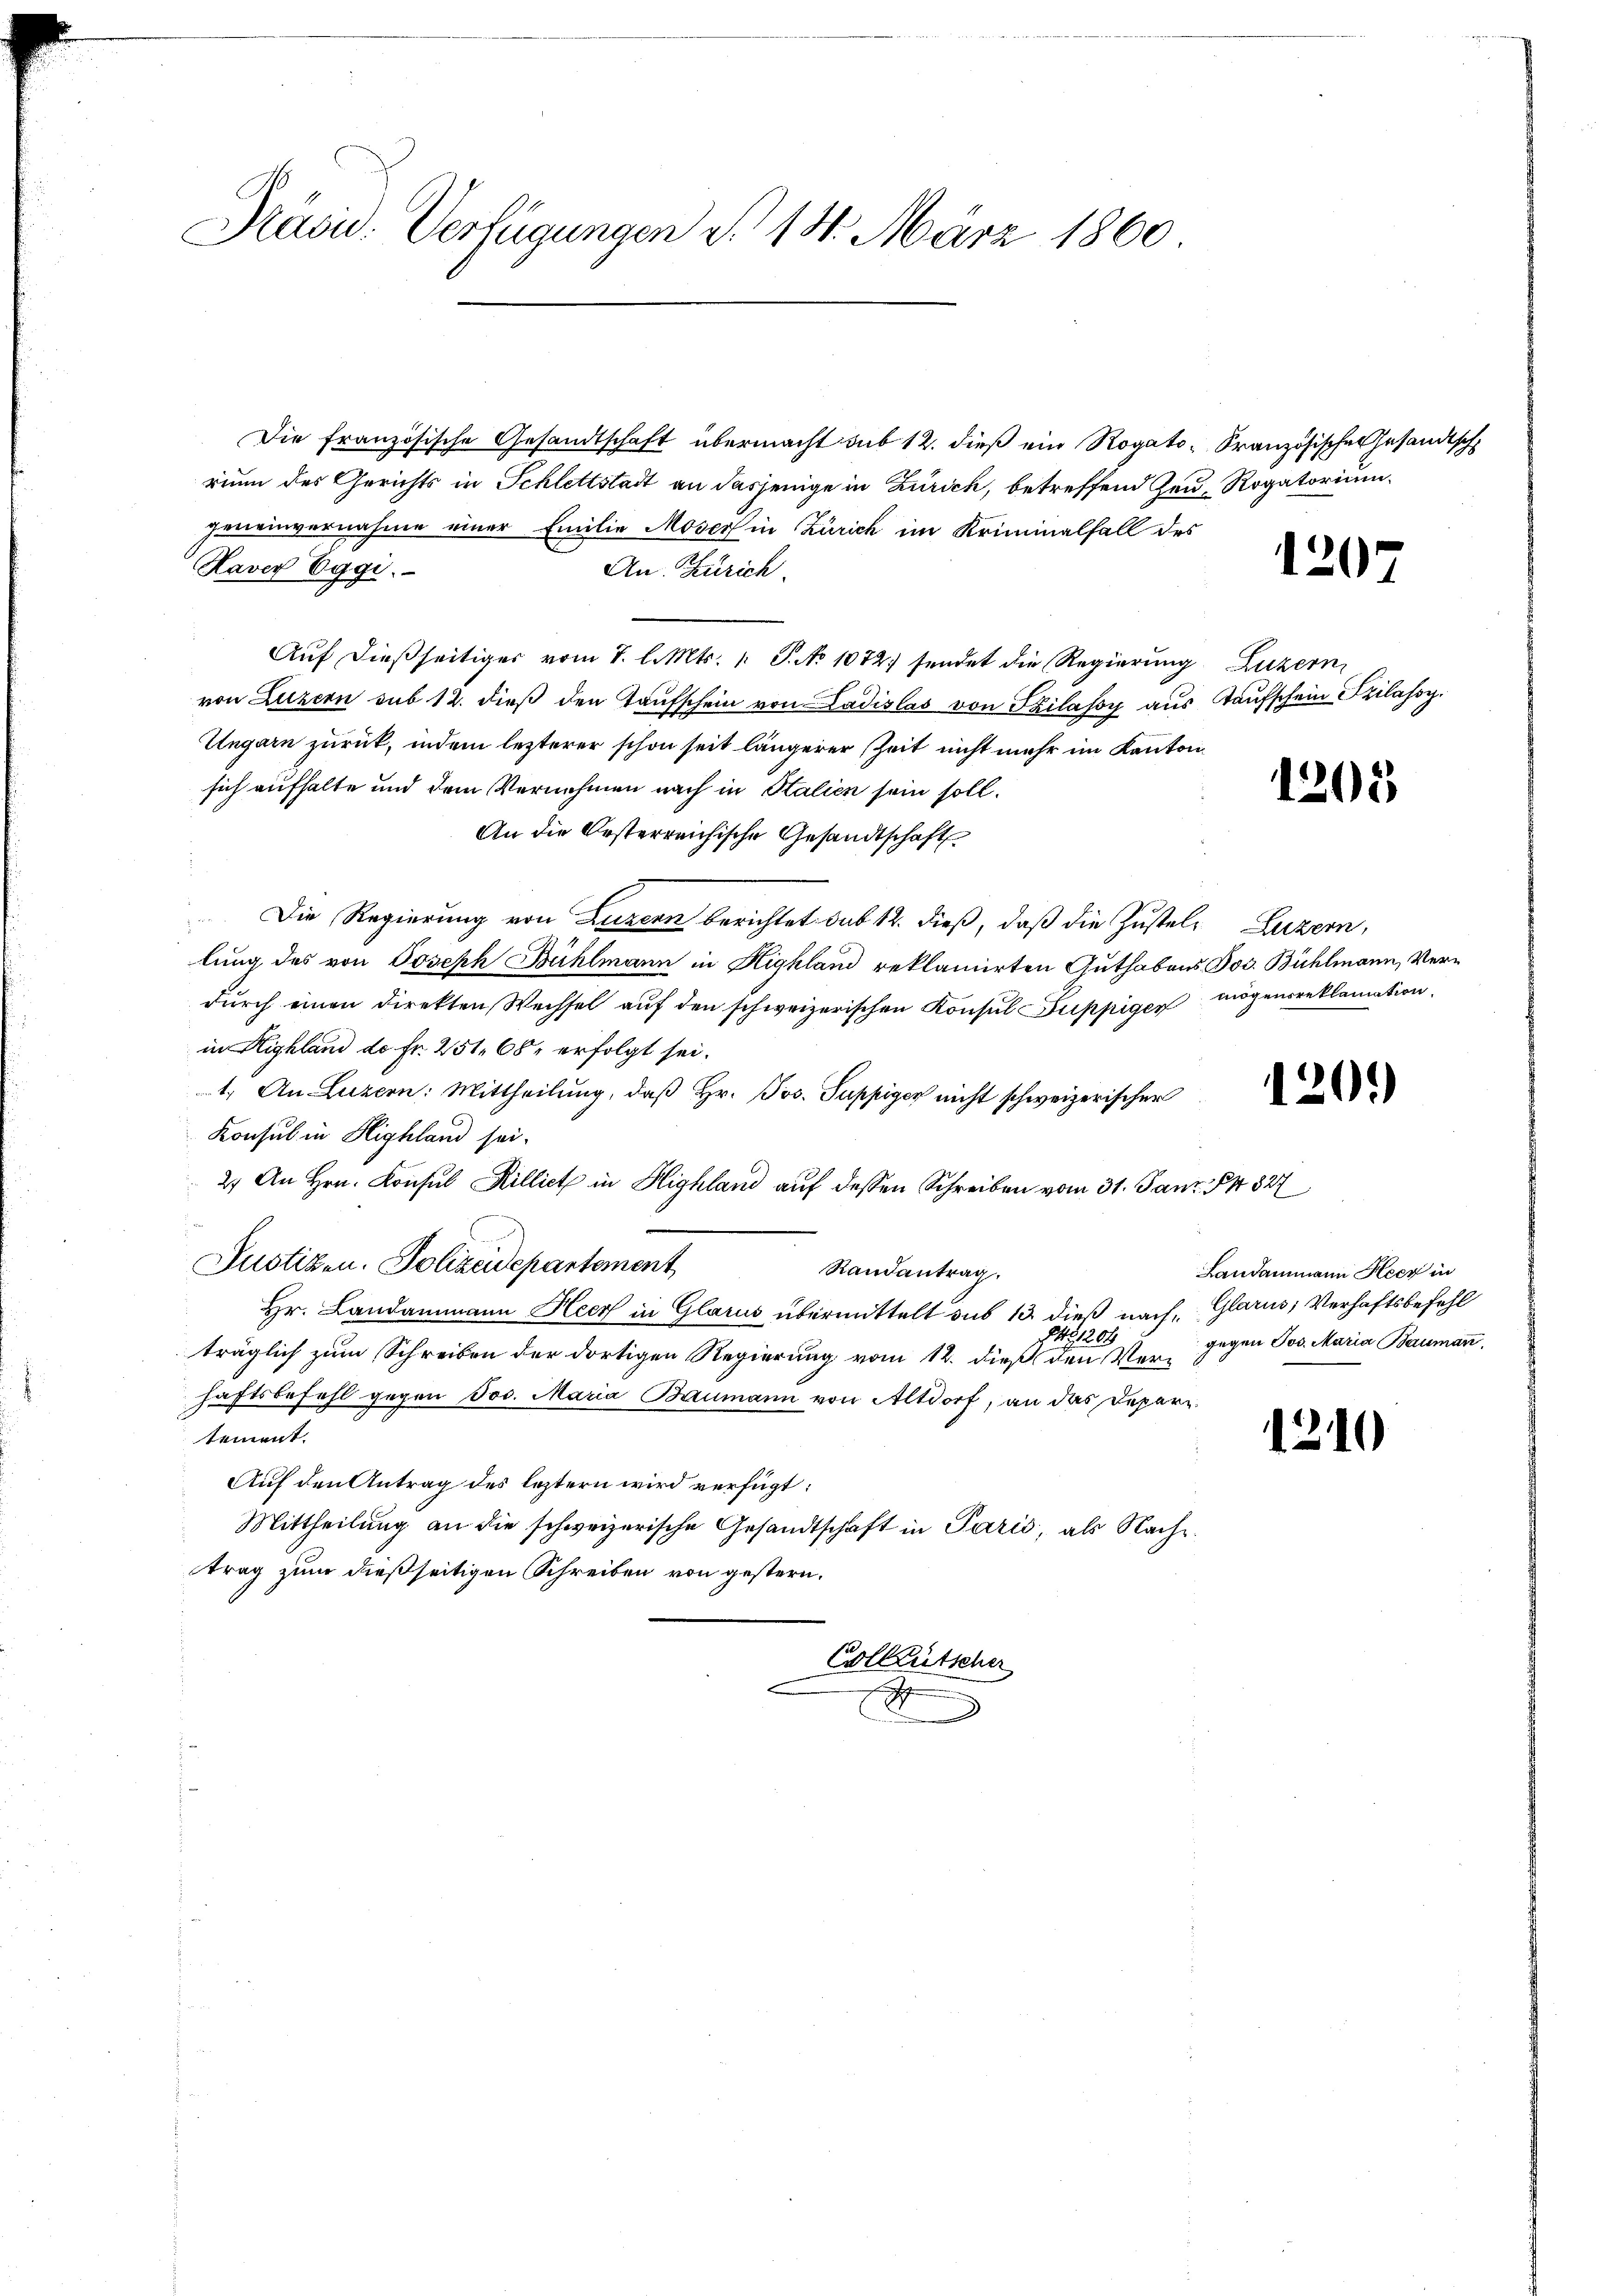
Präsid. Verfügungen d. 131. März 1860

Die französische Gesandtschaft übermacht sub 12. dieß ein Rogato-Französischen Gesandtsch
rium des Gerichts in Schlettstadt an dasjenige in Zürich, betreffend Heu, Rogatorium
geneinvernahme einer Emilie Mosers in Zürich im Kriminalfall des
Haver Eggi.
An. Zürich.
Auf dießseitiger vom 7. l. Mts. 1 S. No 1072 sendet die Regierung Luzern,
von Luzern sub 12. dieß den Taufschein von Ladislas von Szilassy aus Kaufschein Szilassy.
Ungarn zurück, indem lezterer schon seit längerer Zeit nicht mehr im Kanton
sich aufhalte und dem Vernehmen nach in Stalien sein soll.
An die Oesterreichische Gesandtschaft
Die Regierung von Luzern berichtet sub 12. dieß, daß die Zustel- Luzern,
lung des von Joseph Bühlmann in Highland reklamirten Guthabens Jos. Bühlmann, Verdŭrch einen direkten Wechsel aŭf den schweizerischen Konsul Füppigen mögensreklamation.
in Highland do Fr. 251, 68 erfolgt sei.
1. An Luzern: Mittheilung, daß Hr. Jos. Puppiger nicht schweizerischer
Konsul in Highland sei.
2. An Hrn. Konsul Rilliet in Highland auf dessen Schreiben vom 31. Janz. 4827
Justizen. Polizeidepartement
Randantrag.
Hr. Landammann Heer in Glarus übermittelt sub 13. dieß nach, Glarus, Verhaftsbefehl
4,200
träglich zum Schreiben der dortigen Regierung vom 12. dieß den Verhaftsbefehl gegen Jos. Maria Baumann von Altdorf, an das Departement.
Auf den Antrag des leztern wird verfügt:
Mittheilung an die schweizerische Gesandtschaft in Parić, als Nachtrag zum dießseitigen Schreiben von gestern.
Colleutscher
d

1207

1205

120.)

1210

Landammann Heer in
gegen Jos. Maria Baumann,